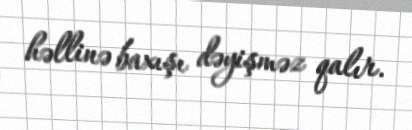
həllinə baxışı dəyişməz qalır.